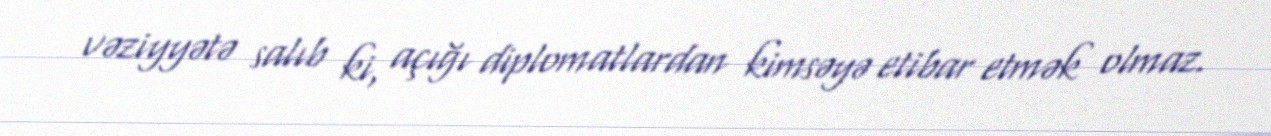
vəziyyətə salıb ki, açığı diplomatlardan kimsəyə etibar etmək olmaz.